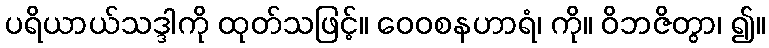
ပရိယာယ်သဒ္ဒါကို ထုတ်သဖြင့်။ ဝေဝစနဟာရံ၊ ကို။ ဝိဘဇိတွာ၊ ၍။